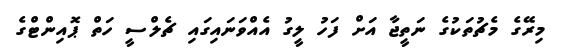
މިރޭގެ މެޗުތަކުގެ ނަތީޖާ އަށް ފަހު ލީގު އެއްވަނައިގައި ޗެލްސީ ހަތް ޕޮއިންޓްގެ